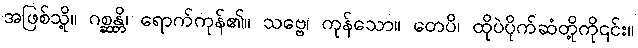
အဖြစ်သို့။ ဂစ္ဆန္တိ၊ ရောက်ကုန်၏။ သဗ္ဗေ၊ ကုန်သော။ တေပိ၊ ထိုပဲပိုက်ဆံတို့ကို၎င်း။